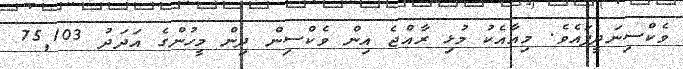
ވެކްސިނަދީފައެވެ. މިއާއެކު މުޅި ރާއްޖެ އިން ވެކްސިން ދިން މީހުންގެ އަދަދު 75